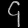
Digit: ၄